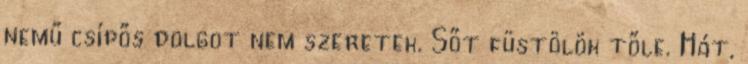
nemű csípős dolgot nem szeretek. Sőt füstölök tőle. Hát,